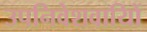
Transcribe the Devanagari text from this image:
उपनिवेशवायिों